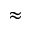
\approx